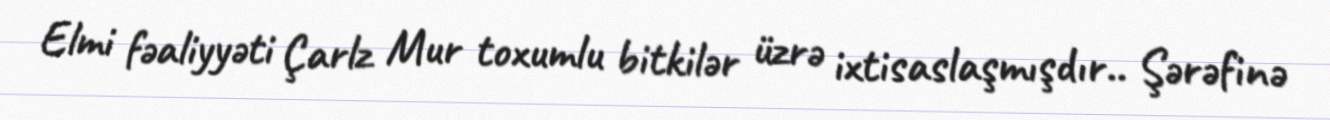
Elmi fəaliyyəti Çarlz Mur toxumlu bitkilər üzrə ixtisaslaşmışdır.. Şərəfinə